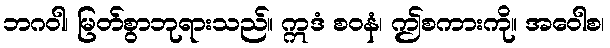
ဘဂဝါ၊ မြတ်စွာဘုရားသည်။ ဣဒံ စဝနံ၊ ဤစကားကို။ အဝေါစ၊